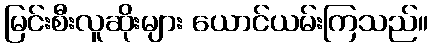
မြင်းစီးလူဆိုးများ ယောင်ယမ်းကြသည်။